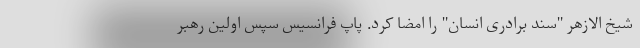
شیخ الازهر "سند برادری انسان" را امضا کرد. پاپ فرانسیس سپس اولین رهبر